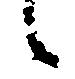
候